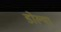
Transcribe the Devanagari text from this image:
डोल्या